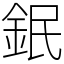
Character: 鈱